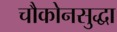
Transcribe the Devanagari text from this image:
चौकोनसुद्धा